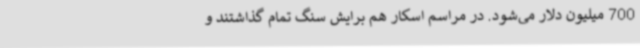
700 میلیون دلار می‌شود. در مراسم اسکار هم برایش سنگ تمام گذاشتند و